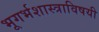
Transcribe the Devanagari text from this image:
भूगर्भशास्त्राविषयी